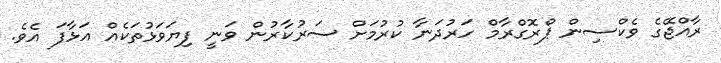
ރާއްޖޭގެ ވެކްސިން ޕްރޮގްރާމް ހަރުދަނާ ކުރުމަށް ސަރުކާރުން ވަނީ ފިޔަވަޅުތަކެއް އަޅާފަ އެވެ.